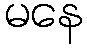
မနေ